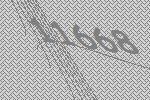
11668